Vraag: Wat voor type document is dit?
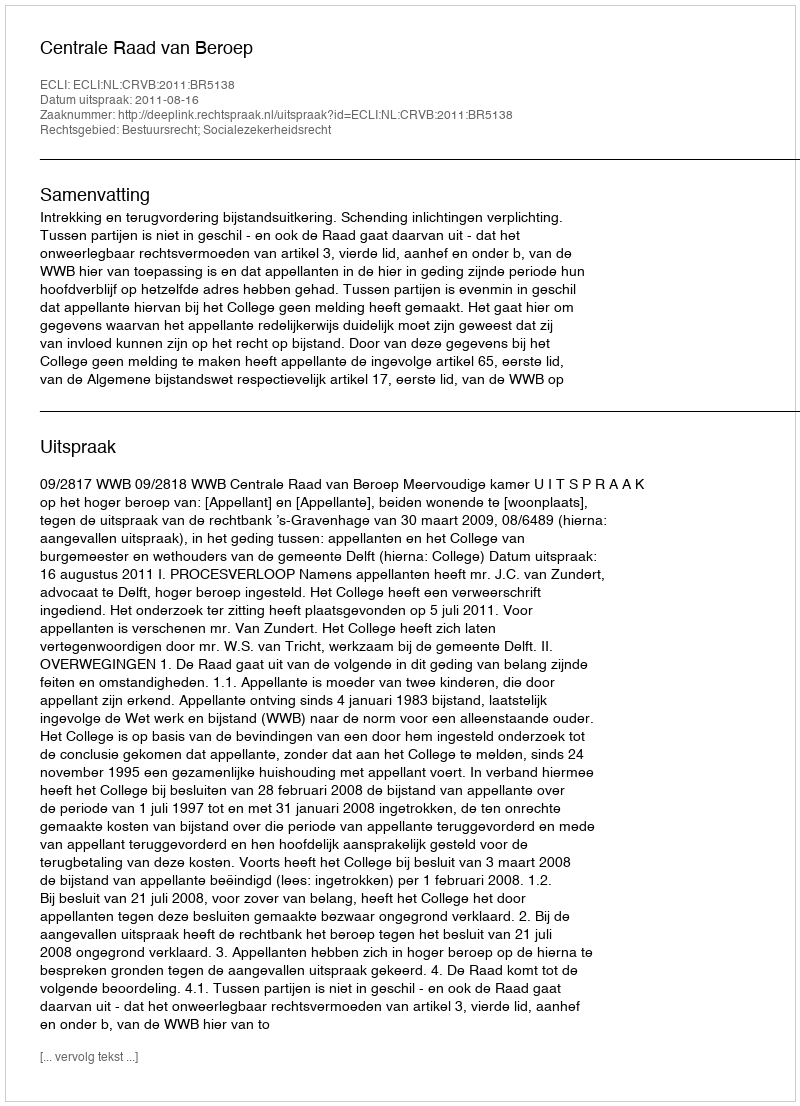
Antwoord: Uitspraak